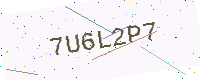
Text: 7U6L2P7